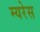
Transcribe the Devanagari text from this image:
म्यरेस